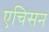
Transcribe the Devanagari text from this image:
एचिसन